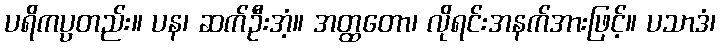
ပရိကပ္ပတည်း။ ပန၊ ဆက်ဦးအံ့။ အတ္ထတော၊ လိုရင်းအနက်အားဖြင့်။ ပသာဒံ၊